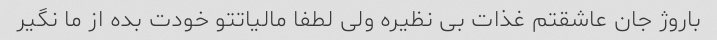
باروژ جان عاشقتم غذات بی نظیره ولی لطفا مالیاتتو خودت بده از ما نگیر